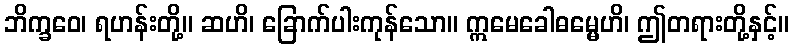
ဘိက္ခဝေ၊ ရဟန်းတို့။ ဆဟိ၊ ခြောက်ပါးကုန်သော။ ဣမေခေါဓမ္မေဟိ၊ ဤတရားတို့နှင့်။